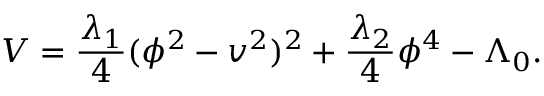
V = { \frac { \lambda _ { 1 } } { 4 } } ( \phi ^ { 2 } - v ^ { 2 } ) ^ { 2 } + { \frac { \lambda _ { 2 } } { 4 } } \phi ^ { 4 } - \Lambda _ { 0 } .